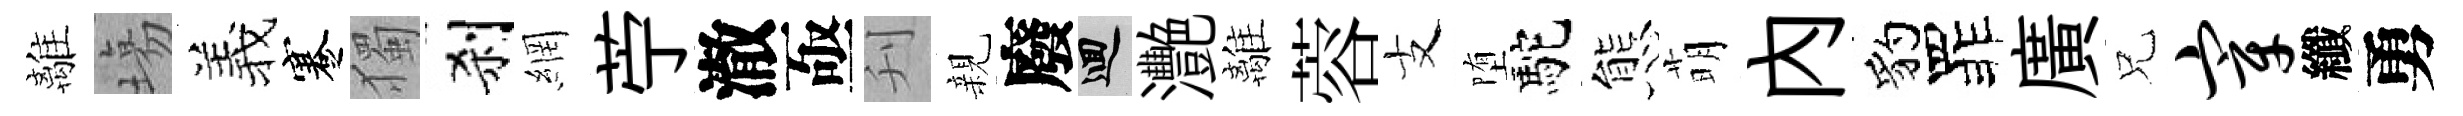
離塲羲蹇獨刹網苧澈亟刋親廢回灧離蓉支堕駝態萌内豹罪廣兄宰纖勇